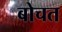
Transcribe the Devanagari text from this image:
बोचत